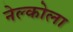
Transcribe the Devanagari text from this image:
नेल्कोला